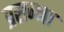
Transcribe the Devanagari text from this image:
प्रसन्‍ना